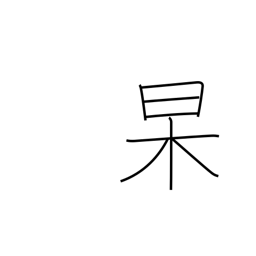
Meaning: clear